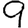
Digit: 9